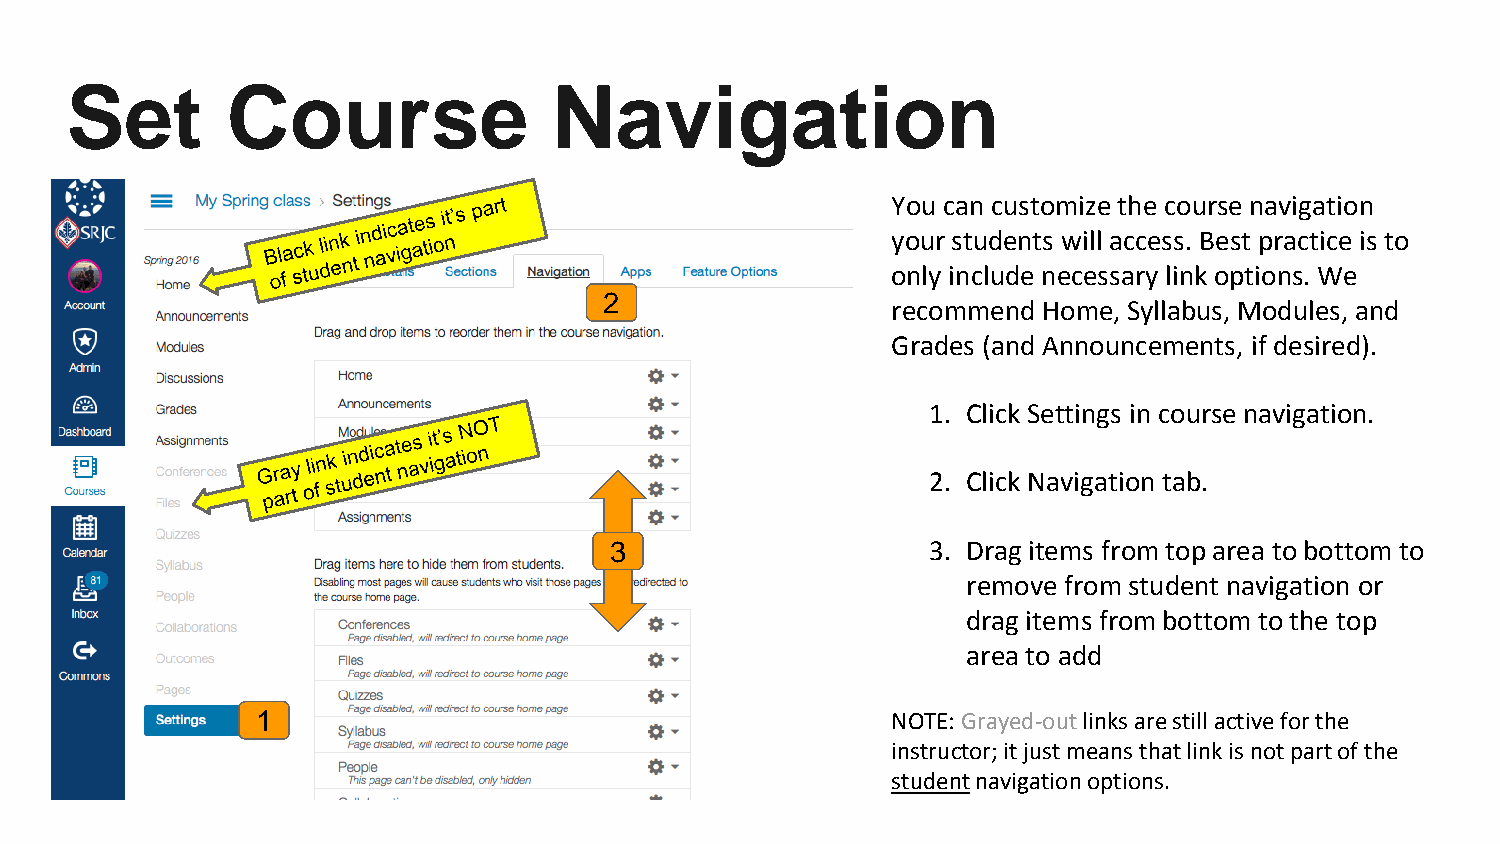
Set        Course                Navigation
 You can customize the course navigation
 your students will access. Best practice is to
 only include necessary link options. We
 2                  recommend Home, Syllabus, Modules, and
 Grades (and Announcements, if desired).
 1. Click Settings in course navigation.
 2. Click Navigation tab.
 3                    3. Drag items from top area to bottom to
 remove from student navigation or
 drag items from bottom to the top
 area to add
 1                                         NOTE: Grayed-outlinks are still active for the
 instructor; it just means that link is not part of the
 studentnavigation options.